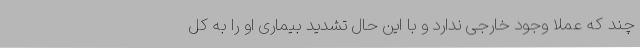
چند که عملاً وجود خارجی ندارد و با این حال تشدید بیماری او را به کل